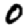
Digit: 0